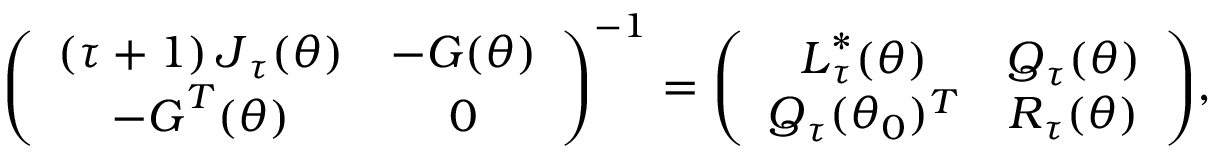
\left( \begin{array} { c c } { \left( \tau + 1 \right) \boldsymbol { J } _ { \boldsymbol { \tau } } ( \boldsymbol { \theta } ) } & { - \boldsymbol { G } ( \boldsymbol { \theta } ) } \\ { - \boldsymbol { G } ^ { T } ( \boldsymbol { \theta } ) } & { \boldsymbol { 0 } } \end{array} \right) ^ { - 1 } = { \left( \begin{array} { c c } { \boldsymbol { L } _ { \tau } ^ { \ast } ( \boldsymbol { \theta } ) } & { \boldsymbol { Q } _ { \tau } ( \boldsymbol { \theta } ) } \\ { \boldsymbol { Q } _ { \tau } ( \boldsymbol { \theta } _ { 0 } ) ^ { T } } & { \boldsymbol { R } _ { \tau } ( \boldsymbol { \theta } ) } \end{array} \right) } ,